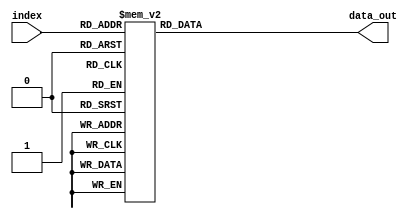
module sint_table (
    input [5:0]         index,
    output reg [31:0]   data_out
);

always @(*) begin
    case (index)
        6'd00 : data_out <= 32'hd76aa478;
        6'd01 : data_out <= 32'he8c7b756;
        6'd02 : data_out <= 32'h242070db;
        6'd03 : data_out <= 32'hc1bdceee;
        6'd04 : data_out <= 32'hf57c0faf;
        6'd05 : data_out <= 32'h4787c62a;
        6'd06 : data_out <= 32'ha8304613;
        6'd07 : data_out <= 32'hfd469501;
        6'd08 : data_out <= 32'h698098d8;
        6'd09 : data_out <= 32'h8b44f7af;
        6'd10 : data_out <= 32'hffff5bb1;
        6'd11 : data_out <= 32'h895cd7be;
        6'd12 : data_out <= 32'h6b901122;
        6'd13 : data_out <= 32'hfd987193;
        6'd14 : data_out <= 32'ha679438e;
        6'd15 : data_out <= 32'h49b40821;
        6'd16 : data_out <= 32'hf61e2562;
        6'd17 : data_out <= 32'hc040b340;
        6'd18 : data_out <= 32'h265e5a51;
        6'd19 : data_out <= 32'he9b6c7aa;
        6'd20 : data_out <= 32'hd62f105d;
        6'd21 : data_out <= 32'h02441453;
        6'd22 : data_out <= 32'hd8a1e681;
        6'd23 : data_out <= 32'he7d3fbc8;
        6'd24 : data_out <= 32'h21e1cde6;
        6'd25 : data_out <= 32'hc33707d6;
        6'd26 : data_out <= 32'hf4d50d87;
        6'd27 : data_out <= 32'h455a14ed;
        6'd28 : data_out <= 32'ha9e3e905;
        6'd29 : data_out <= 32'hfcefa3f8;
        6'd30 : data_out <= 32'h676f02d9;
        6'd31 : data_out <= 32'h8d2a4c8a;
        6'd32 : data_out <= 32'hfffa3942;
        6'd33 : data_out <= 32'h8771f681;
        6'd34 : data_out <= 32'h6d9d6122;
        6'd35 : data_out <= 32'hfde5380c;
        6'd36 : data_out <= 32'ha4beea44;
        6'd37 : data_out <= 32'h4bdecfa9;
        6'd38 : data_out <= 32'hf6bb4b60;
        6'd39 : data_out <= 32'hbebfbc70;
        6'd40 : data_out <= 32'h289b7ec6;
        6'd41 : data_out <= 32'heaa127fa;
        6'd42 : data_out <= 32'hd4ef3085;
        6'd43 : data_out <= 32'h04881d05;
        6'd44 : data_out <= 32'hd9d4d039;
        6'd45 : data_out <= 32'he6db99e5;
        6'd46 : data_out <= 32'h1fa27cf8;
        6'd47 : data_out <= 32'hc4ac5665;
        6'd48 : data_out <= 32'hf4292244;
        6'd49 : data_out <= 32'h432aff97;
        6'd50 : data_out <= 32'hab9423a7;
        6'd51 : data_out <= 32'hfc93a039;
        6'd52 : data_out <= 32'h655b59c3;
        6'd53 : data_out <= 32'h8f0ccc92;
        6'd54 : data_out <= 32'hffeff47d;
        6'd55 : data_out <= 32'h85845dd1;
        6'd56 : data_out <= 32'h6fa87e4f;
        6'd57 : data_out <= 32'hfe2ce6e0;
        6'd58 : data_out <= 32'ha3014314;
        6'd59 : data_out <= 32'h4e0811a1;
        6'd60 : data_out <= 32'hf7537e82;
        6'd61 : data_out <= 32'hbd3af235;
        6'd62 : data_out <= 32'h2ad7d2bb;
        6'd63 : data_out <= 32'heb86d391;
    endcase
end
endmodule